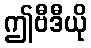
ဤဗီဒီယို